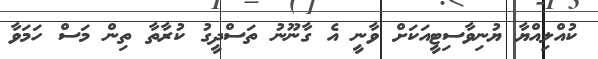
ކުއްލިއްޔާ ޔުނިވާސިޓީއަކަށް ވާނީ އެ ގާނޫނު ތަސްދީގު ކުރާތާ ތިން މަސް ހަމަވާ